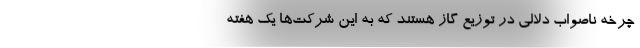
چرخه ناصواب دلالی در توزیع‌ گاز هستند که به این‌ شرکت‌ها یک‌ هفته